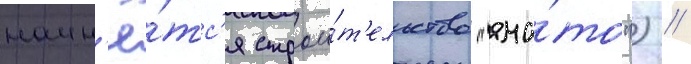
начн'ё́тс'я строи́т'ельство "яма́то") //